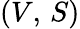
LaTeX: \left(V,\, S\right)